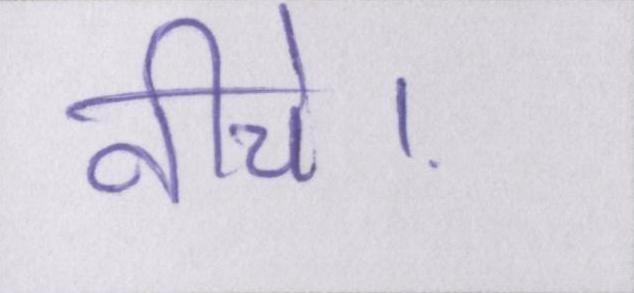
नीचे।